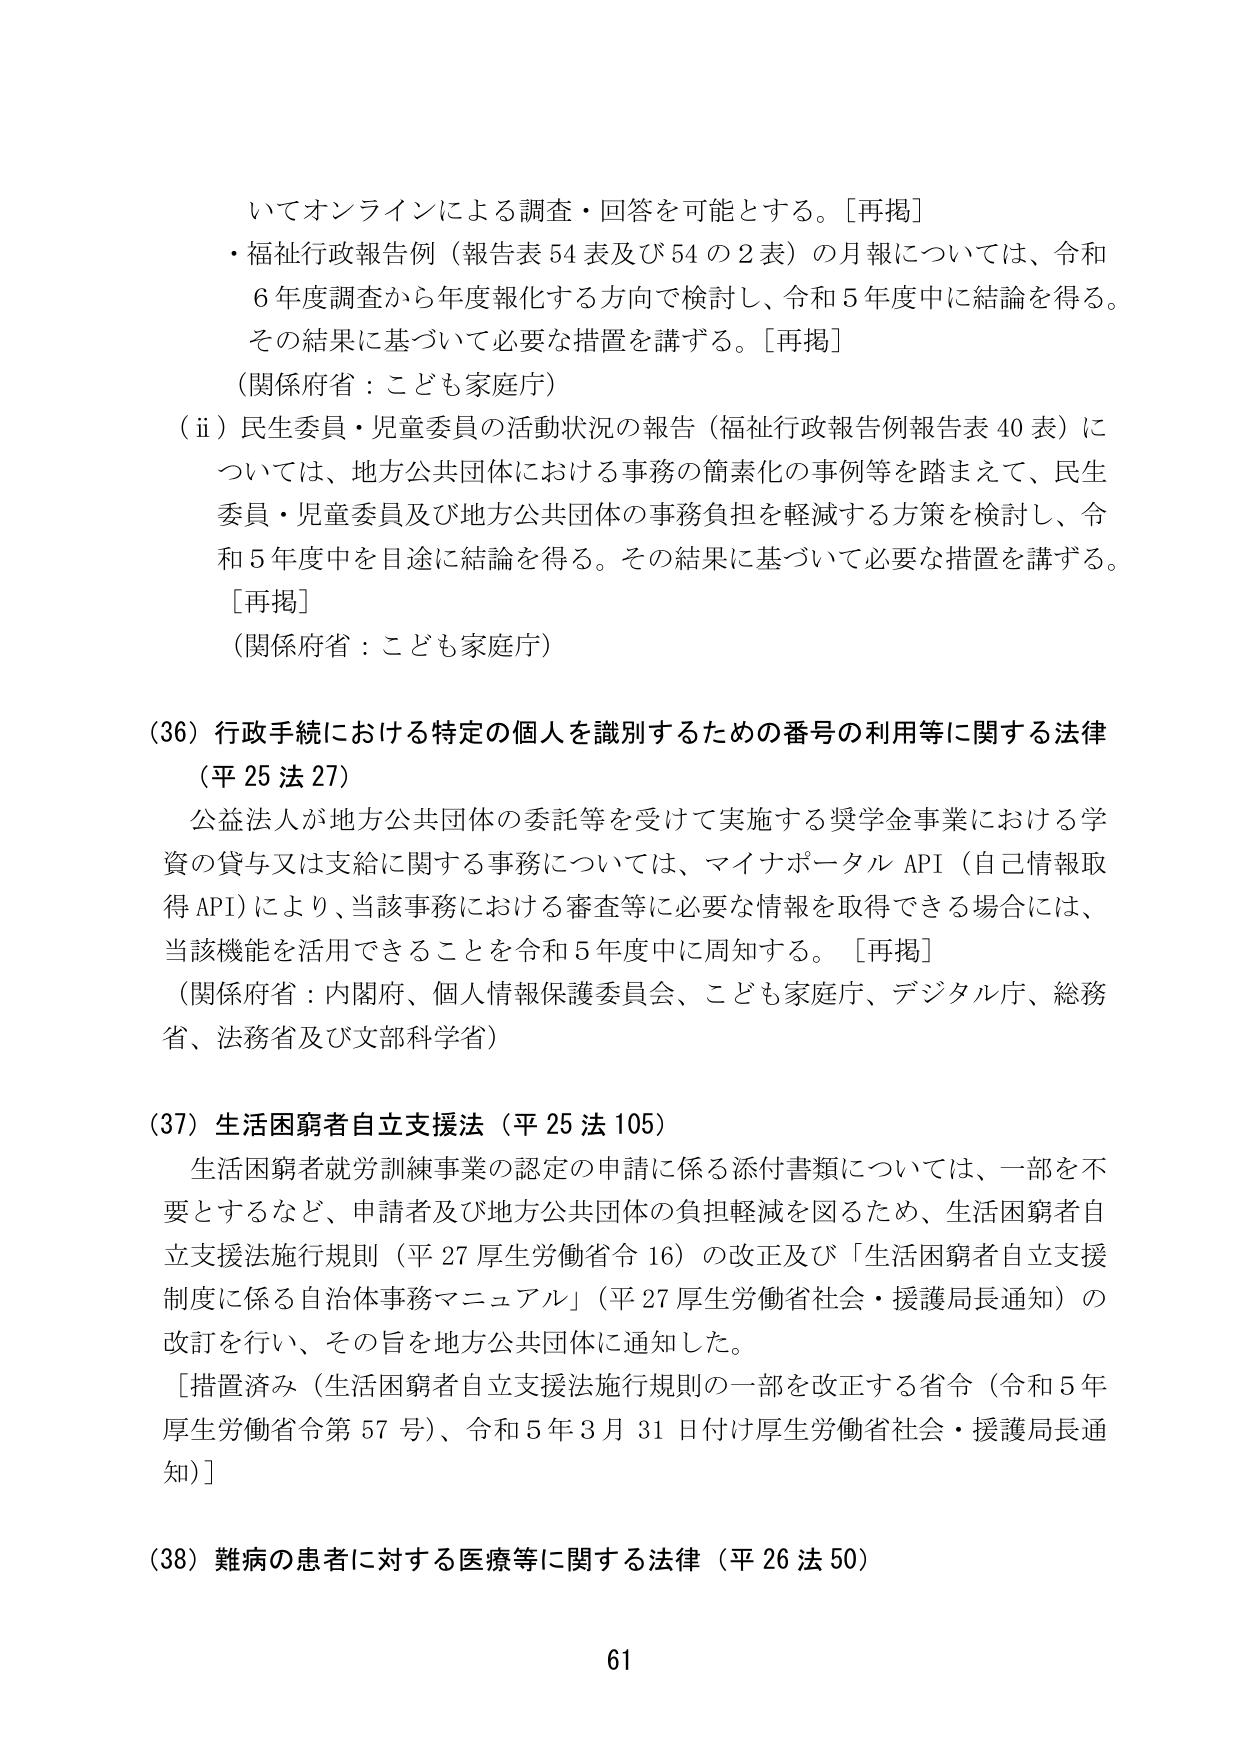
いてオンラインによる調査・回答を可能とする。［再掲］
・福祉行政報告例（報告表54表及び54の2表）の月報については、令和
6年度調査から年度報化する方向で検討し、令和5年度中に結論を得る。
その結果に基づいて必要な措置を講ずる。［再掲］
（関係府省：こども家庭庁）
（ⅱ）民生委員・児童委員の活動状況の報告（福祉行政報告例報告表40表）に
ついては、地方公共団体における事務の簡素化の事例等を踏まえて、民生
委員・児童委員及び地方公共団体の事務負担を軽減する方策を検討し、令
和5年度中を目途に結論を得る。その結果に基づいて必要な措置を講ずる。
［再掲］
（関係府省：こども家庭庁）

（36）行政手続における特定の個人を識別するための番号の利用等に関する法律
（平25法27）
公益法人が地方公共団体の委託等を受けて実施する奨学金事業における学
資の貸与又は支給に関する事務については、マイナポータルAPI（自己情報取
得API）により、当該事務における審査等に必要な情報を取得できる場合には、
当該機能を活用できることを令和5年度中に周知する。［再掲］
（関係府省：内閣府、個人情報保護委員会、こども家庭庁、デジタル庁、総務
省、法務省及び文部科学省）

（37）生活困窮者自立支援法（平25法105）
生活困窮者就労訓練事業の認定の申請に係る添付書類については、一部を不
要とするなど、申請者及び地方公共団体の負担軽減を図るため、生活困窮者自
立支援法施行規則（平27厚生労働省令16）の改正及び「生活困窮者自立支援
制度に係る自治体事務マニュアル」（平27厚生労働省社会・援護局長通知）の
改訂を行い、その旨を地方公共団体に通知した。
［措置済み（生活困窮者自立支援法施行規則の一部を改正する省令（令和5年
厚生労働省令第57号）、令和5年3月31日付け厚生労働省社会・援護局長通
知）］

（38）難病の患者に対する医療等に関する法律（平26法50）

61